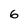
Character: 6